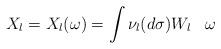
LaTeX: \begin{align*}X_l = X_l(\omega) = \int \nu_l(d\sigma) W_{l}\;\;\;\omega\end{align*}